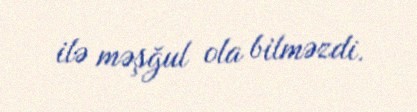
ilə məşğul ola bilməzdi.